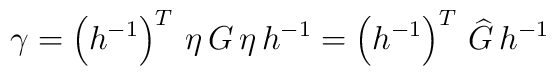
\gamma = \left( h^{-1}\right) ^{T} \, \eta \, G \, \eta \,  h^{-1} = \left( h^{-1}\right) ^{T} \, \widehat{G} \,  h^{-1}